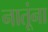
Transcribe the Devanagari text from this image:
नातूंना